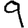
Digit: 9